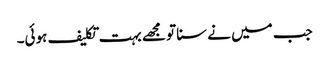
جب میں نے سنا تو مجھے بہت تکلیف ہوئی۔